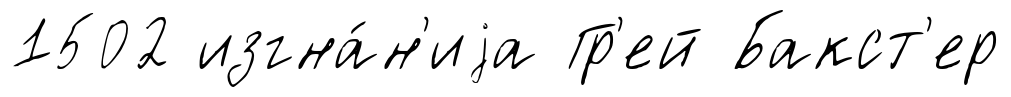
1502 изгна́н'иjа Гр'ей Бакст'ер